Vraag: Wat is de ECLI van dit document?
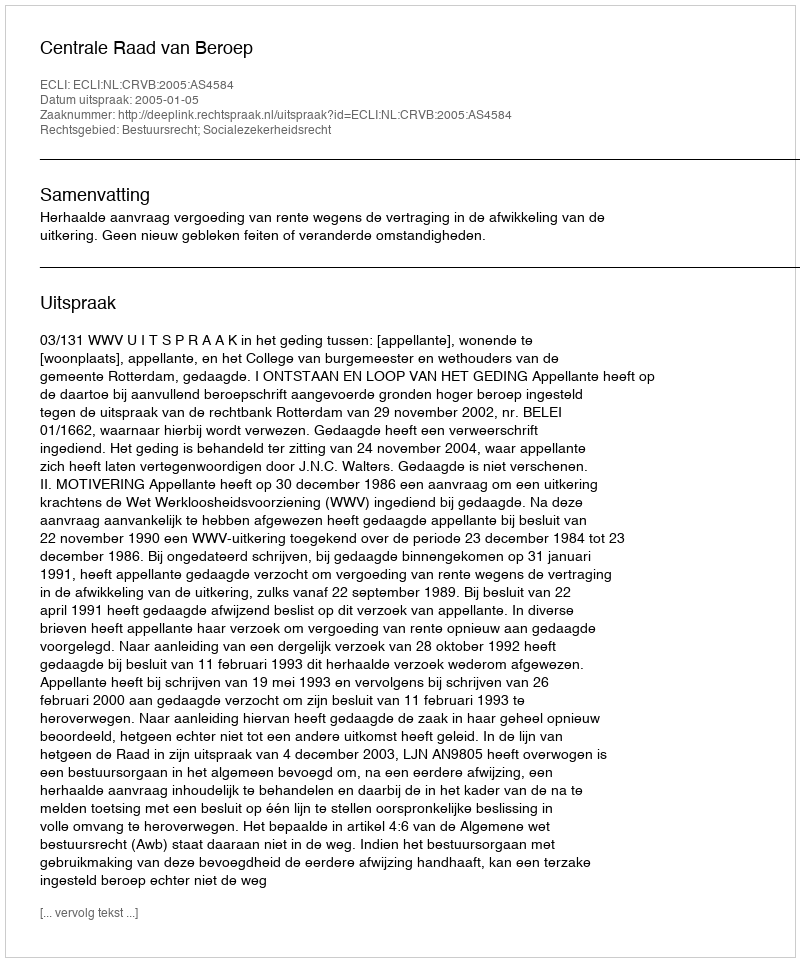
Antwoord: ECLI:NL:CRVB:2005:AS4584